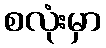
စလုံးမှာ